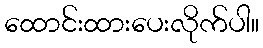
ထောင်းထားပေးလိုက်ပါ။